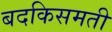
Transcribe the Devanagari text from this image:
बदकिसमती